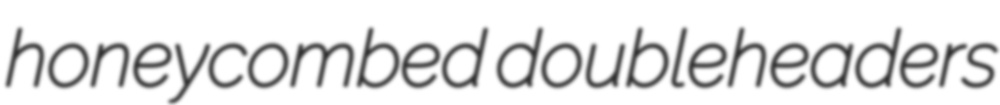
honeycombed doubleheaders